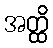
အတ္ထိ